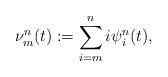
LaTeX: \begin{align*}\nu^{n}_m(t):= \sum_{i=m}^{n}i\psi^{n}_i(t),\end{align*}